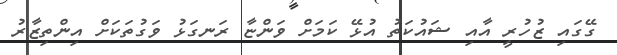
ގޭގައި ޒުހުރީ އާއި ޝައުކަތު އުޅޭ ކަމަށް ވަންޏާ ރަނގަޅު ވަގުތަކަށް އިންތިޒާރު